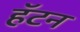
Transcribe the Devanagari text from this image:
हॅटन